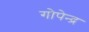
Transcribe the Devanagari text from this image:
गोपेन्द्र